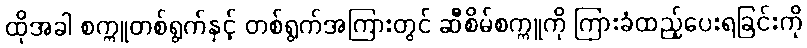
ထိုအခါ စက္ကူတစ်ရွက်နှင့် တစ်ရွက်အကြားတွင် ဆီစိမ်စက္ကူကို ကြားခံထည့်ပေးရခြင်းကို